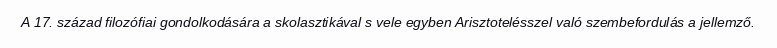
A 17. század filozófiai gondolkodására a skolasztikával s vele egyben Arisztotelésszel való szembefordulás a jellemző.